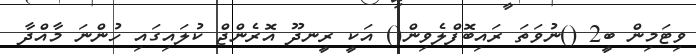
ވިޓަމިން ބީ2 ()ނުވަތަ ރައިބޮފްލެވިން() އަކީ ރީނދޫ އޮރެންޖް ކުލައިގައި ހުންނަ މާއްދާ